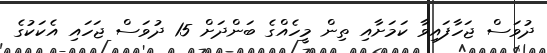
ދުވަސް ޖަހާފައިވާ ކަމަށާއި ތިން މީހެއްގެ ބަންދަށް 15 ދުވަސް ޖަހައި އެކަކުގެ